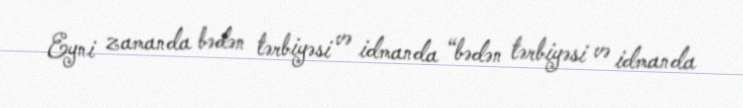
Eyni zamanda bədən tərbiyəsi və idmanda “bədən tərbiyəsi və idmanda